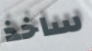
ساخذ